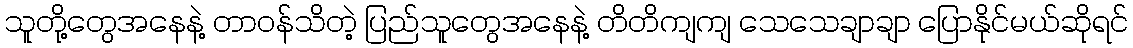
သူတို့တွေအနေနဲ့ တာဝန်သိတဲ့ ပြည်သူတွေအနေနဲ့ တိတိကျကျ သေသေချာချာ ပြောနိုင်မယ်ဆိုရင်